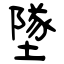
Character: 墜